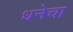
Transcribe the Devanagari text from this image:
धनेचा